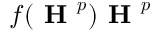
f ( \boldsymbol { \textbf { H } ^ { p } } ) \boldsymbol { \textbf { H } ^ { p } }